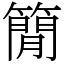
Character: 𥳑